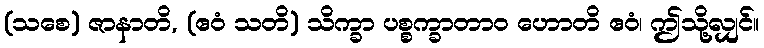
(သစေ) ဇာနာတိ, (ဧဝံ သတိ) သိက္ခာ ပစ္စက္ခာတာဝ ဟောတိ ဧဝံ၊ ဤသို့လျှင်။